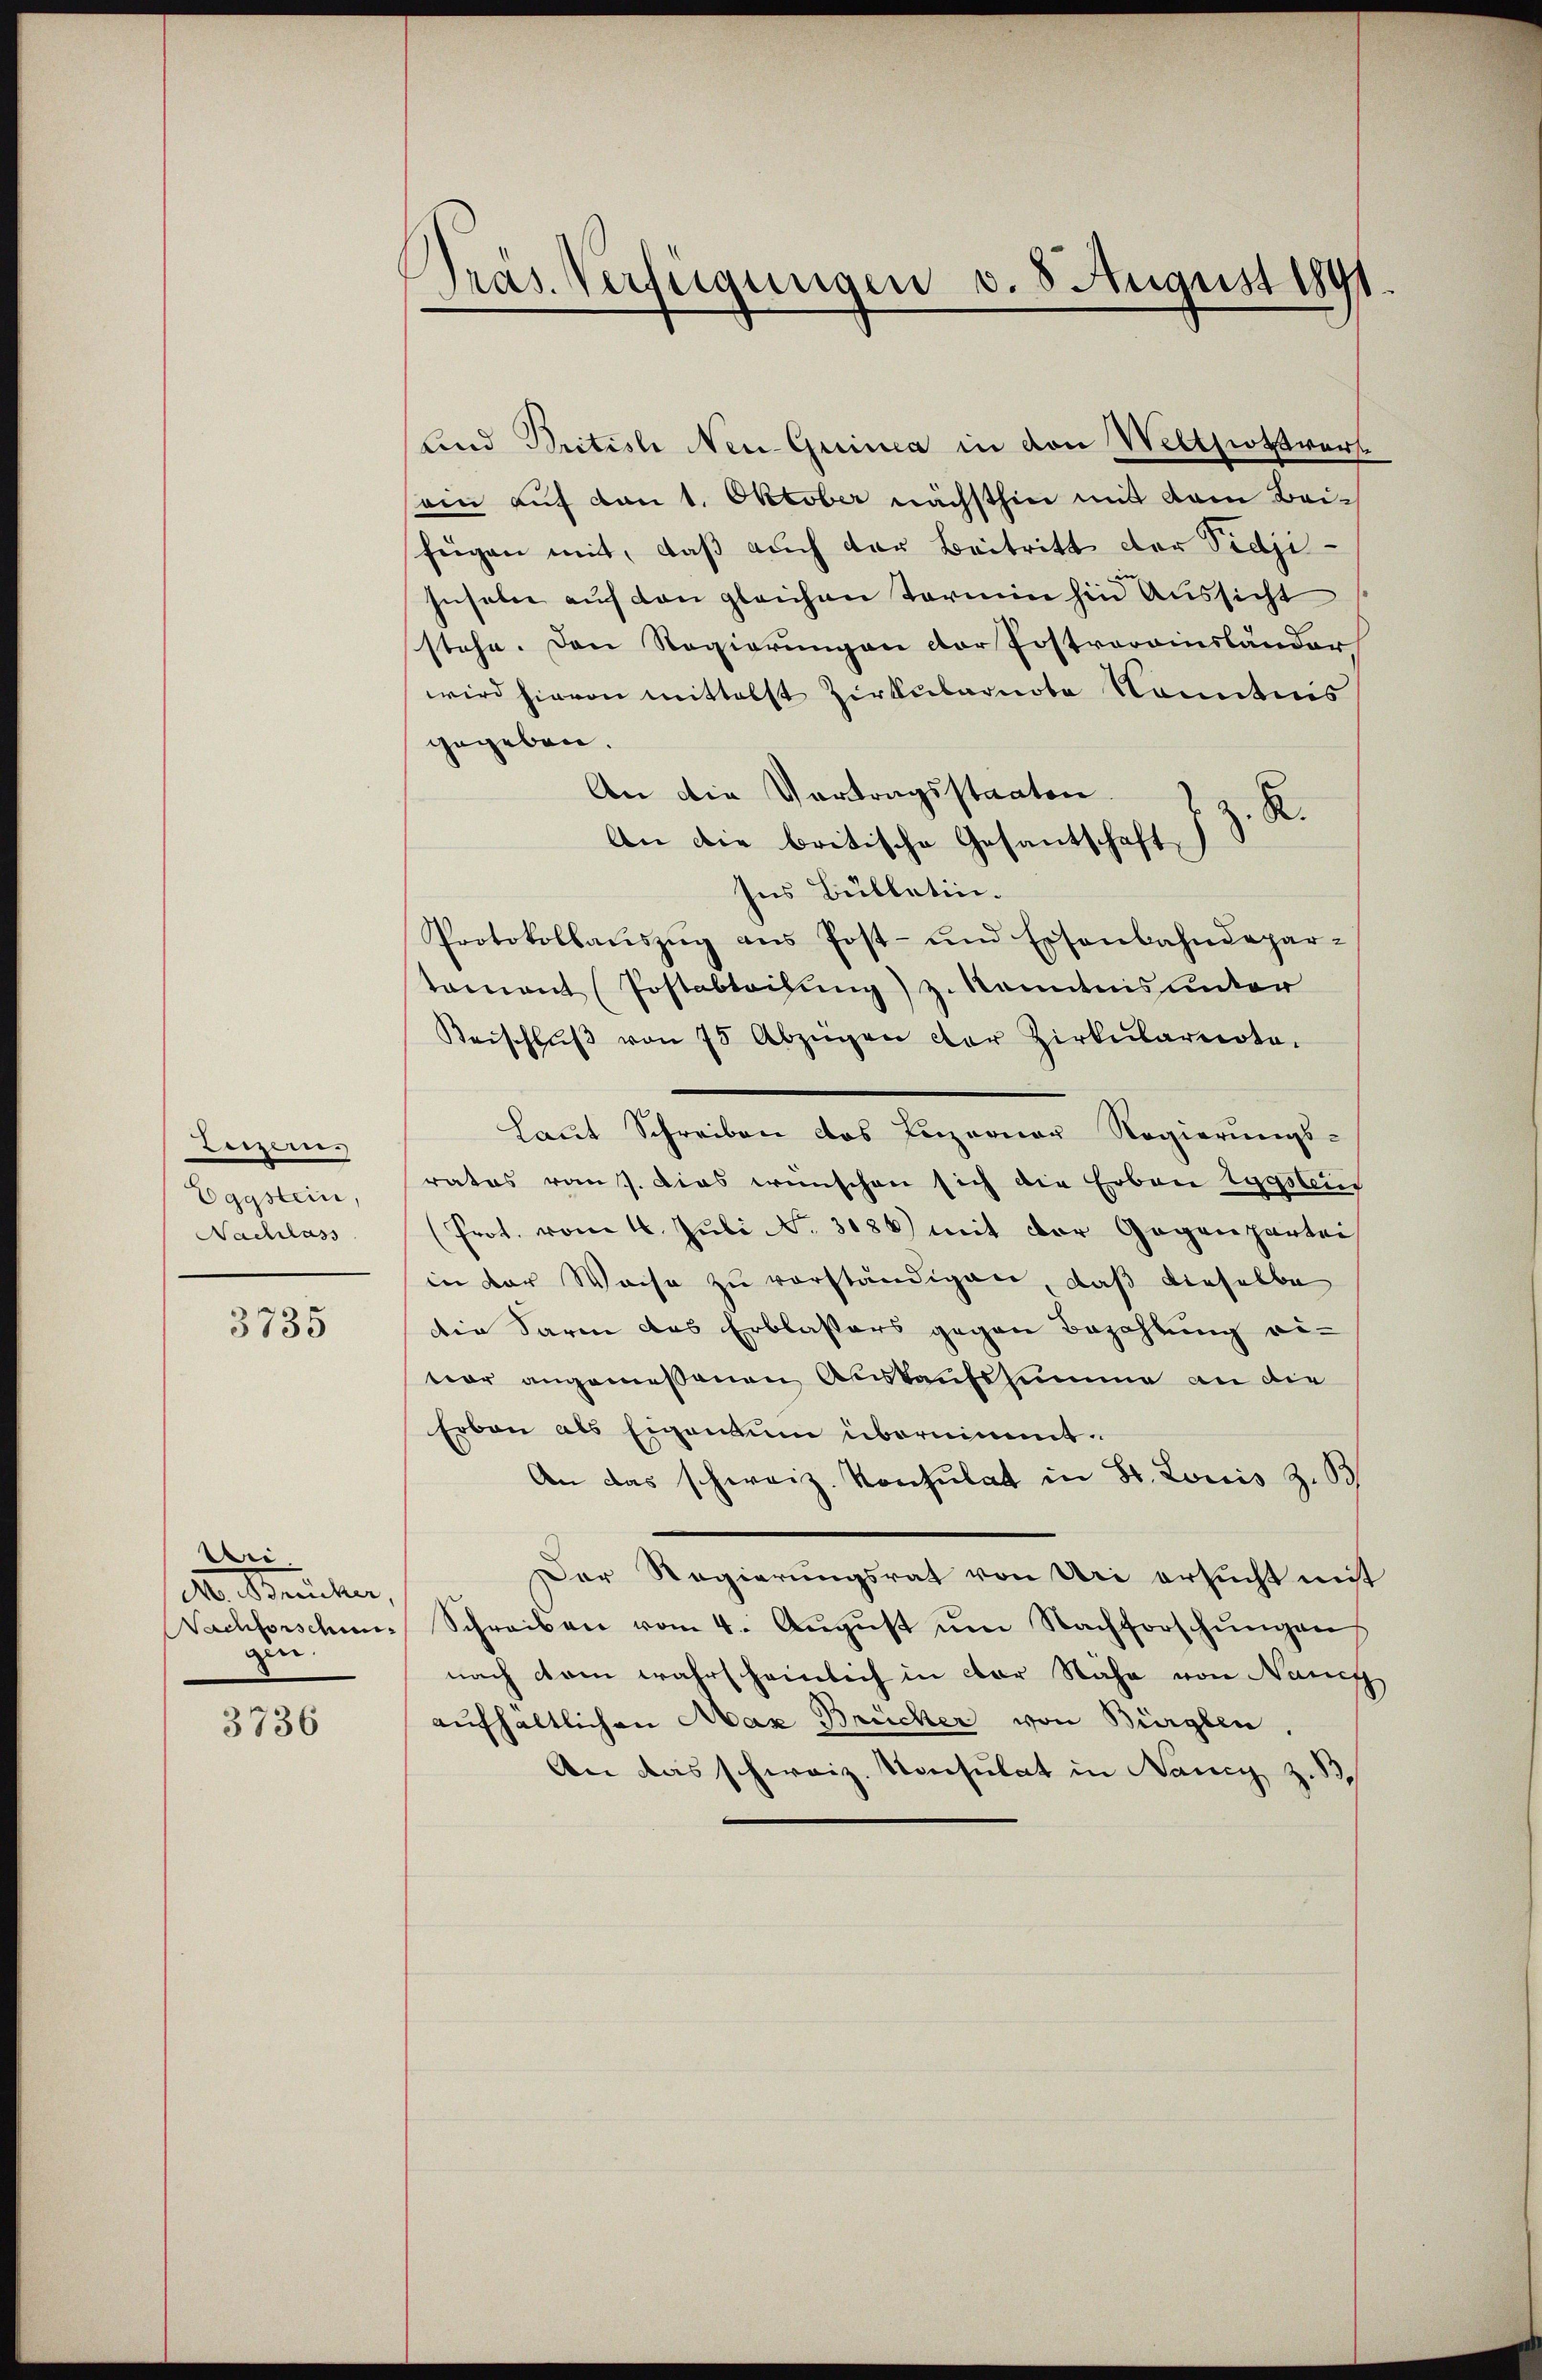
reper.
Eggstein,
Nachlass

3735

Dri.
M. Brucker,
gin.

3736

Präs. Verfügungen d. 8 August 1891

lind Britisli Neu Quinca in den Welthiottwer
sein auf den 1. Oktober nächsthin mit dem Beifügen mit, daß auch der Beitritt der Pidji-
Inseln auf den gleichen Termin hin Aussicht
stehe. Den Regierungen der Postverainsländer
wird hievon mittelst Zirkularnote Kenntnis
gegeben.
An die Vertragsstaaten.
z. R.
An die britische Gesantschaft,
Ins Bullatin.
Protokollaŭszŭg ans Post- und Eisenbahndepar-
tomant (Postabteilung) zu kanntnis unter
Beischlŭβ von 75 Abzügen der Zirkŭlareoto-
Laut Schreiben das Luzerner Regierungs-
rates von s. dies wünschen sich die Erben tygsleis
(Prot. vom 16. Juli No 3086) mit der Gegenpartei
in der Weise zu vorständigen, daß dieselbe
die darin das Erblassers gegen Bezahlung eivor angemessenen Auskaufssumme an die
Erben als Eigentum übernimmt.
An das schweiz. Konsulat in St. Louis Z. B
Der Regierungsrat von Uri ersucht mit
Vachforschen Schreiben vom 4. Aŭgŭst ŭm Nachforschŭngen
nach dem wahrscheinlich in der Nähe von Nanig
aufhaltlichen Max Brücker von Bürglen.
An das schweiz. Konsulat in Nancy z.B.